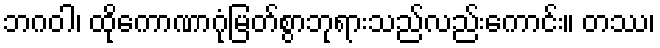
ဘဂဝါ၊ ထိုကောဏာဂုံမြတ်စွာဘုရားသည်လည်းကောင်း။ တဿ၊